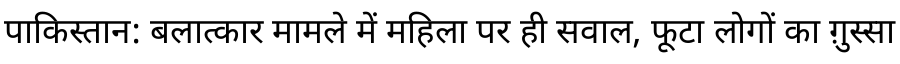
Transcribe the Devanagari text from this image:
पाकिस्तान: बलात्कार मामले में महिला पर ही सवाल, फूटा लोगों का ग़ुस्सा